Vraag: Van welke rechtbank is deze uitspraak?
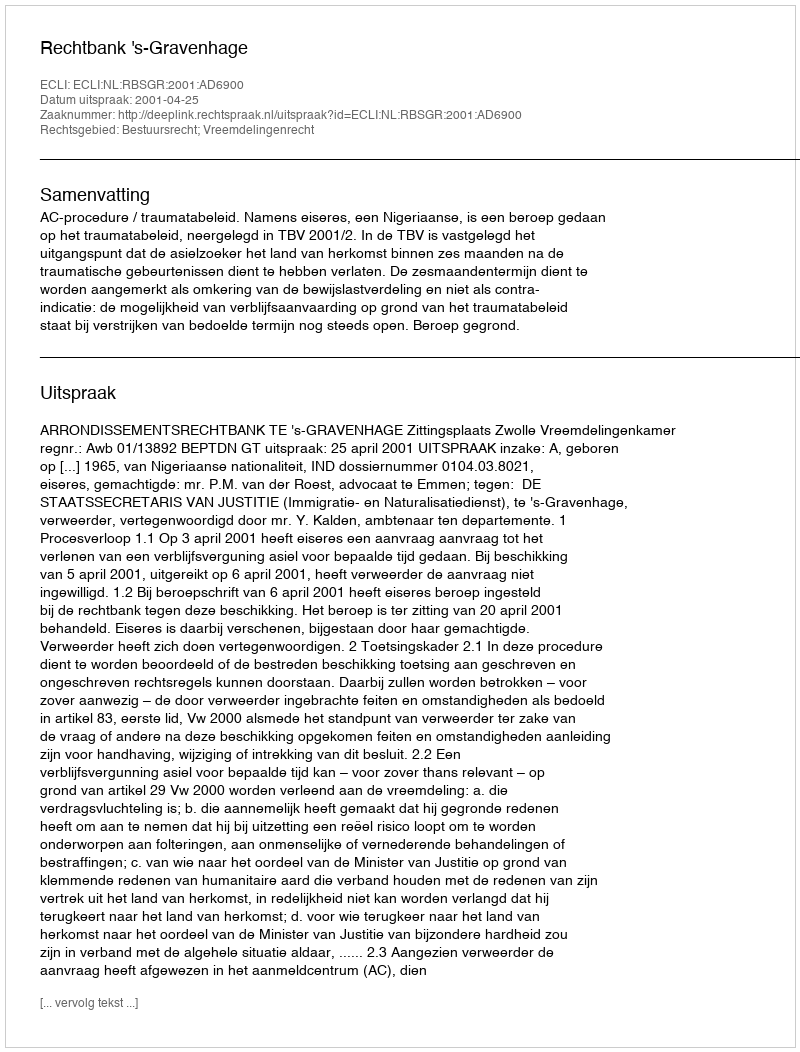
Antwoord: Rechtbank 's-Gravenhage